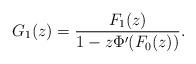
LaTeX: \begin{align*} G_1(z)=\frac{F_1(z)}{1-z\Phi'(F_0(z))}.\end{align*}